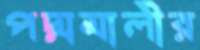
পদ্মমালীর